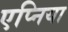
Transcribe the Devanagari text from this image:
एप्निया